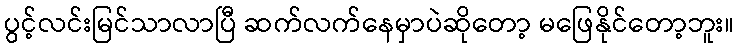
ပွင့်လင်းမြင်သာလာပြီ ဆက်လက်နေမှာပဲဆိုတော့ မဖြေနိုင်တော့ဘူး။